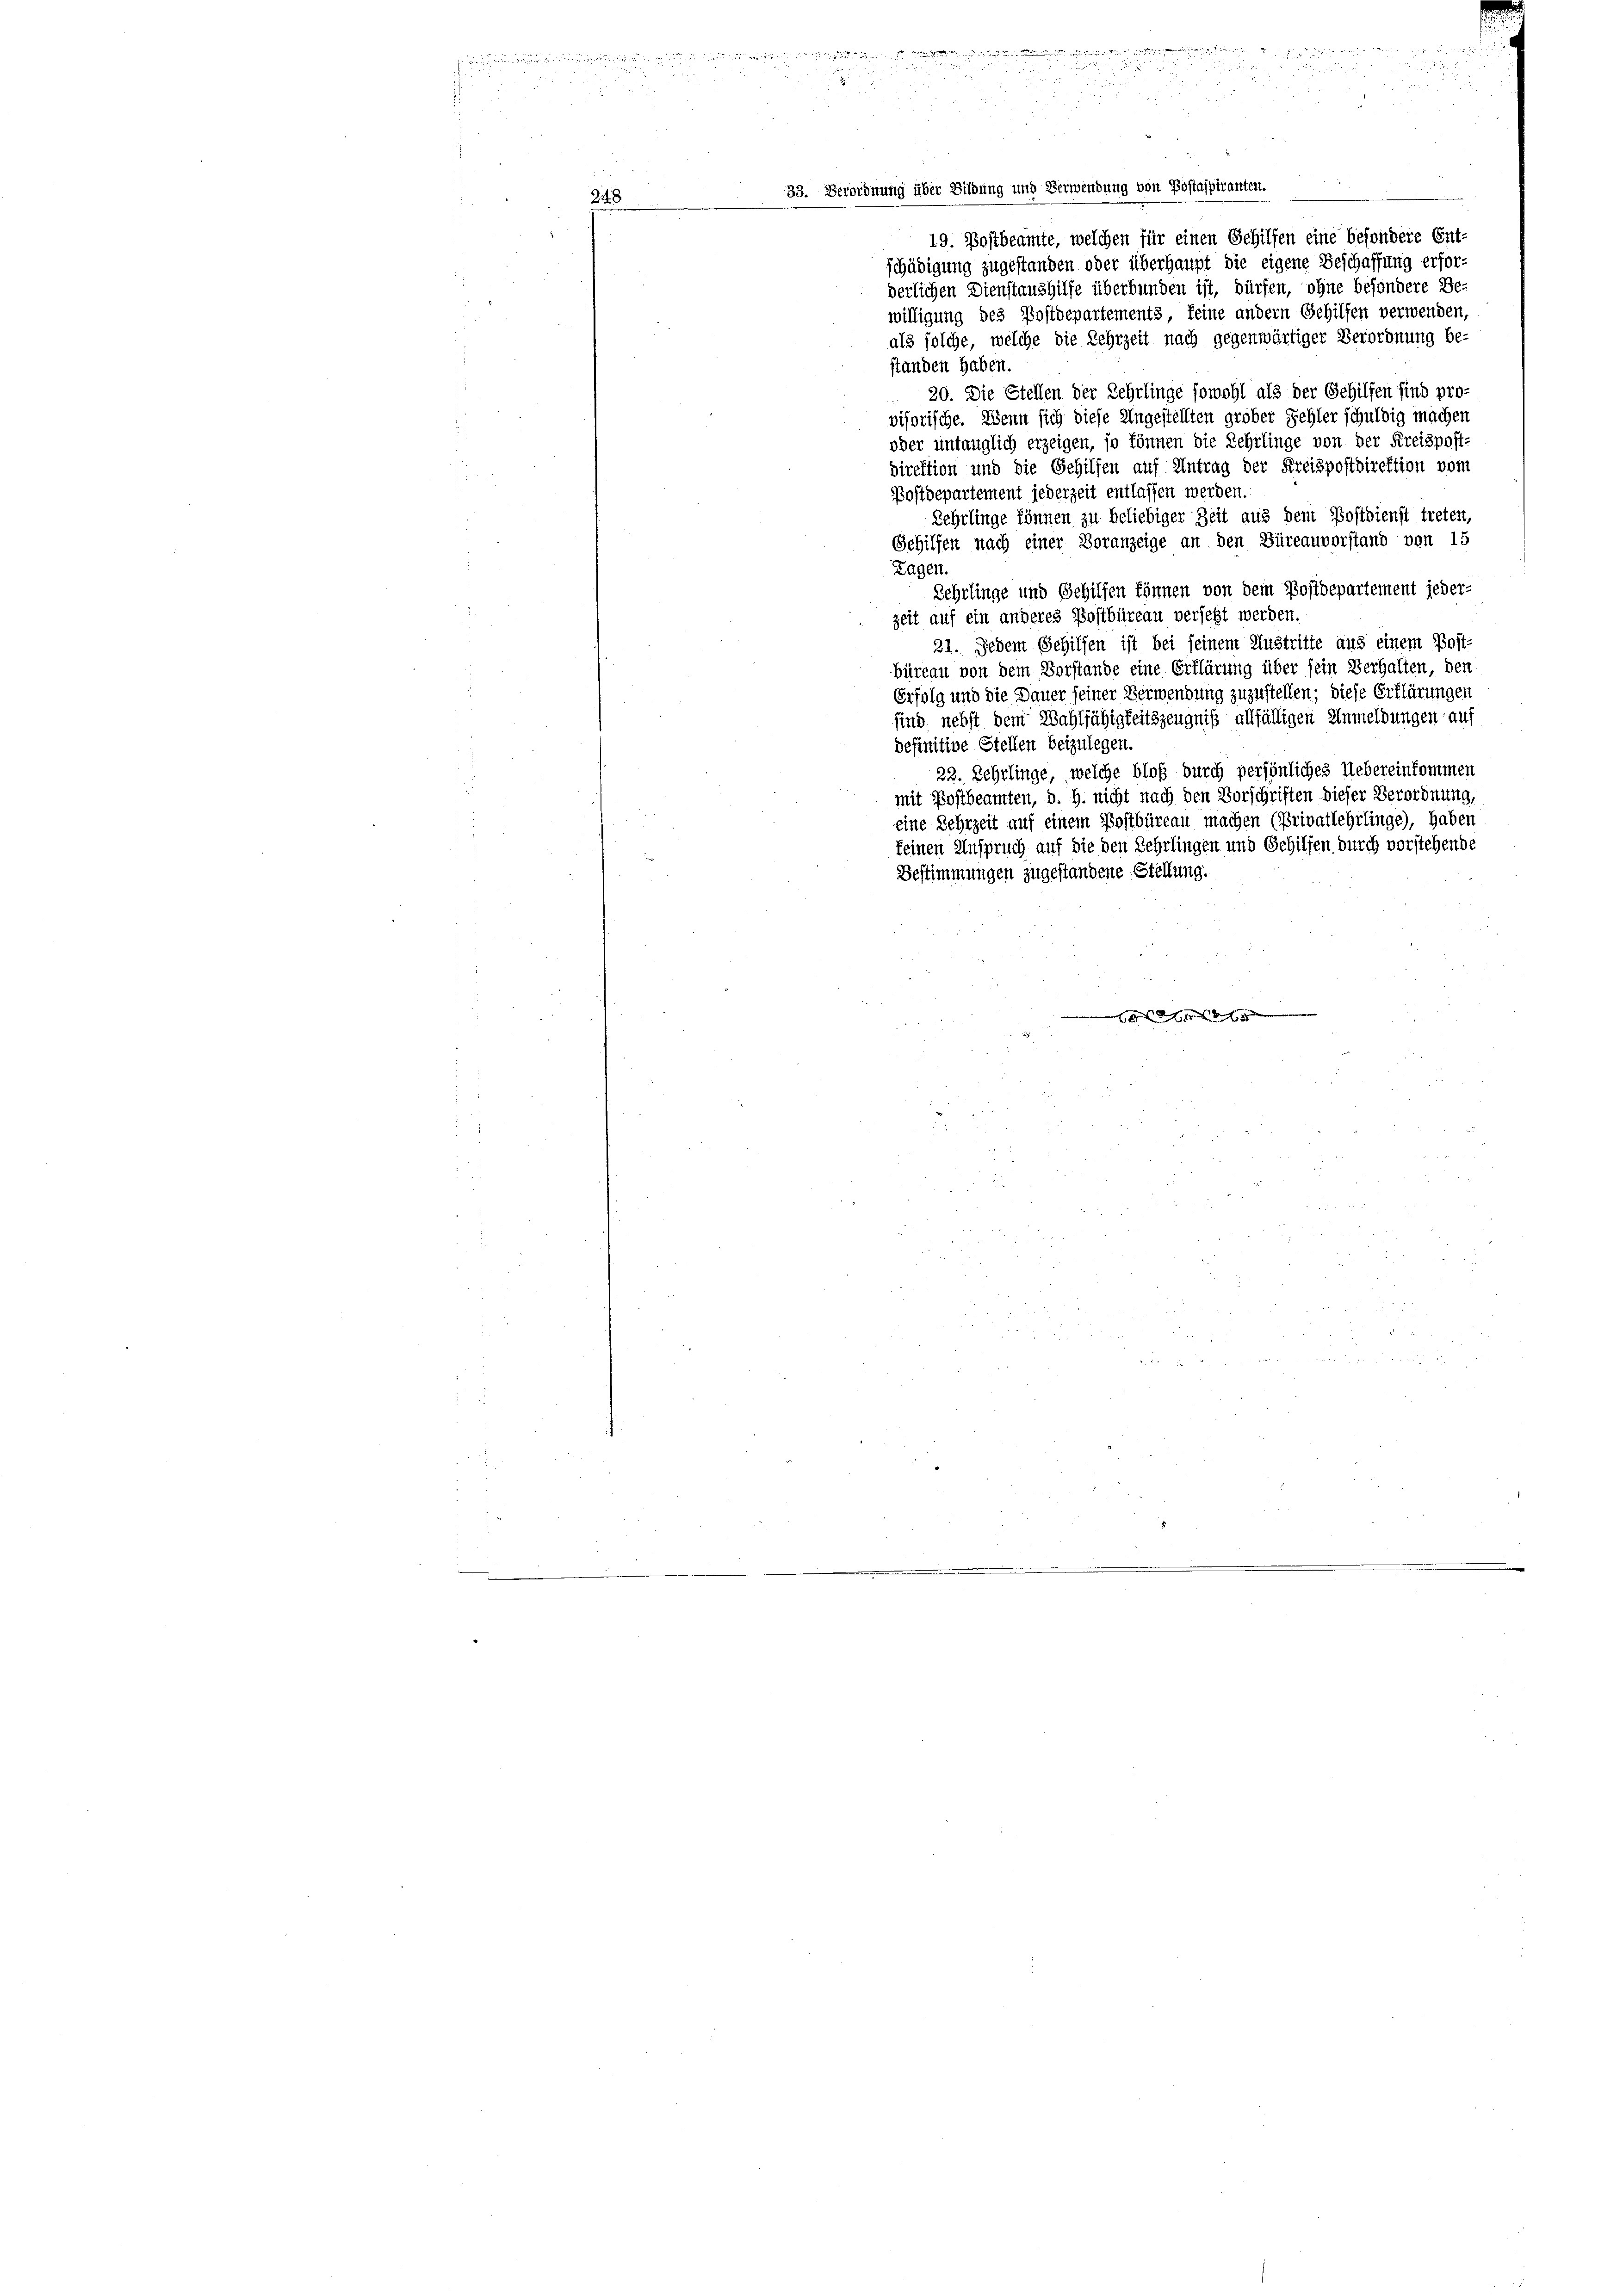
u
33. Verordnung über Bildung und Verwendung von Postaspiranten.
—
19. Bastbeamte, welchen für einen Gehilfen eine besondere Ent-
schädigung zugestanden oder überhaupt die eigene Beschaffung erforderlichen Dienstaushilfe überbunden ist, dürfen, ohne besondere Be-
willigung des Postdepartements, seine andern Gehilfen verwenden,
als solche, welche die Lehrzeit nach gegenwärtiger Verordnung be-
standen haben.
20. Die Stellen der Lehrlinge sowohl als der Gehilfen sind pro-
visorische. Wenn sich diese Angestellten grober Fehler schuldig machen
oder untauglich erzeigen, so können die Lehrlinge von der Kreispost-
direktion und die Gehilfen auf Antrag der Kreispostdirektion vom
Postdepartement jederzeit entlassen werden.
Lehrlinge können zu beliebiger Zeit aus dem Postdienst treten,
Sehilfen nach einer Voranzeige an den Büreauvorstand von 15
Tagen.
Lehrlinge und Gehilfen können von dem Postdepartement jeder-
zeit auf ein anderes Postbüreau versetzt werden.
21. Jedem Gehilfen ist bei seinem Austritte aus einem Post-
büreau von dem Vorstande eine Erklärung über sein Verhalten, den
Erfolg und die Dauer seiner Verwendung zuzustellen; diese Erklärungen
sind nebst dem Wahlfähigkeitszeugniß allfälligen Anmeldungen auf
definitive Stellen beizulegen.
23. Zehrlinge, welche bloß durch persönliches Uebereinkommen
mit Postbeamten, d. h. nicht nach den Vorschriften dieser Verordnung,
eine Lehrzeit auf einem Postbüreau machen (Privatlehrlinge), haben
keinen Anspruch auf die den Lehrlingen und Gehilfen durch vorstehende
Bestimmungen zugestandene Stellung.

248

u

.
a

u

2